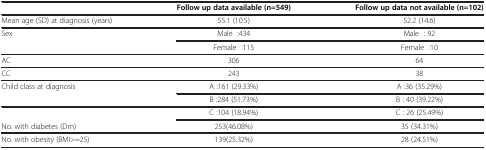
<table><thead><tr><td><b> </b></td><td><b>Follow up data available (n=549)</b></td><td><b>Follow up data not available (n=102)</b></td></tr></thead><tbody><tr><td>Mean age (SD) at diagnosis (years)</td><td>55.1 (10.5)</td><td>52.2 (14.6)</td></tr><tr><td>Sex</td><td>Male :434</td><td>Male : 92</td></tr><tr><td> </td><td>Female :115</td><td>Female :10</td></tr><tr><td>AC</td><td>306</td><td>64</td></tr><tr><td>CC</td><td>243</td><td>38</td></tr><tr><td>Child class at diagnosis</td><td>A :161 (29.33%)</td><td>A :36 (35.29%)</td></tr><tr><td> </td><td>B :284 (51.73%)</td><td>B : 40 (39.22%)</td></tr><tr><td> </td><td>C :104 (18.94%)</td><td>C : 26 (25.49%)</td></tr><tr><td>No. with diabetes (Dm)</td><td>253(46.08%)</td><td>35 (34.31%)</td></tr><tr><td>No. with obesity (BMI&gt;=25)</td><td>139(25.32%)</td><td>28 (24.51%)</td></tr></tbody></table>